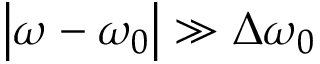
\left| \omega - \omega _ { 0 } \right| \gg \Delta \omega _ { 0 }